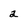
Character: a